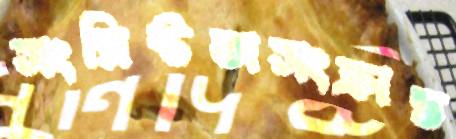
সংশ্লিষ্টতাসংক্রান্ত